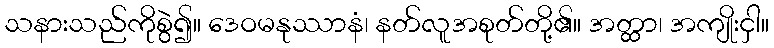
သနားသည်ကိုစွဲ၍။ ဒေဝမနုဿာနံ၊ နတ်လူအစုတ်တို့၏။ အတ္ထာ၊ အကျိုးငှါ။